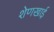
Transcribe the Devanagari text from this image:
शेणखाई